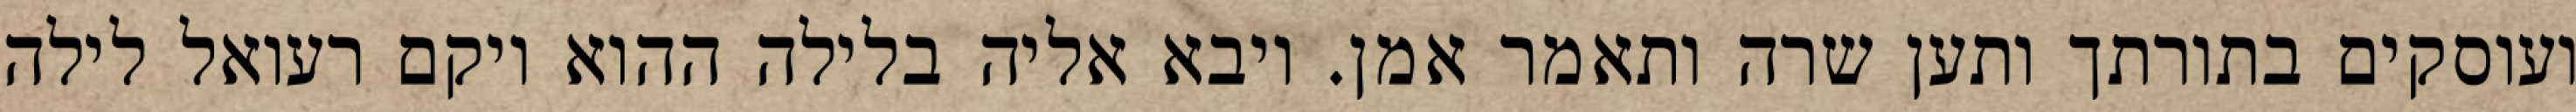
ועוסקים בתורתך ותען שרה ותאמר אמן. ויבא אליה בלילה ההוא ויקם רעואל לילה